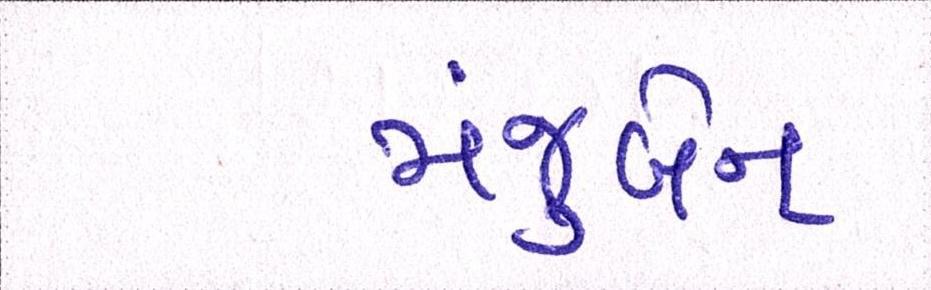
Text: મંજુબેન